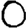
Digit: 0